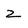
Character: z